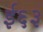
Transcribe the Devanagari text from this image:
ई६३